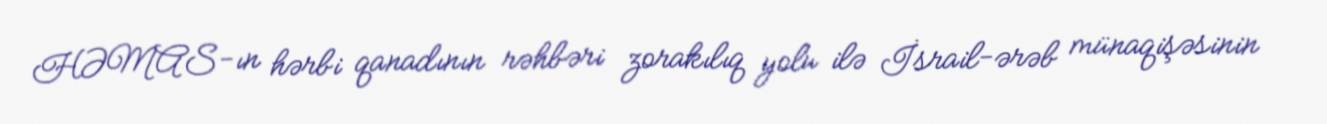
HƏMAS-ın hərbi qanadının rəhbəri zorakılıq yolu ilə İsrail-ərəb münaqişəsinin